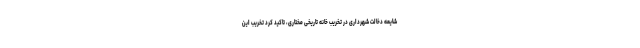
شایعه دخالت شهرداری در تخریب خانه تاریخی مختاری، تاکید کرد تخریب این